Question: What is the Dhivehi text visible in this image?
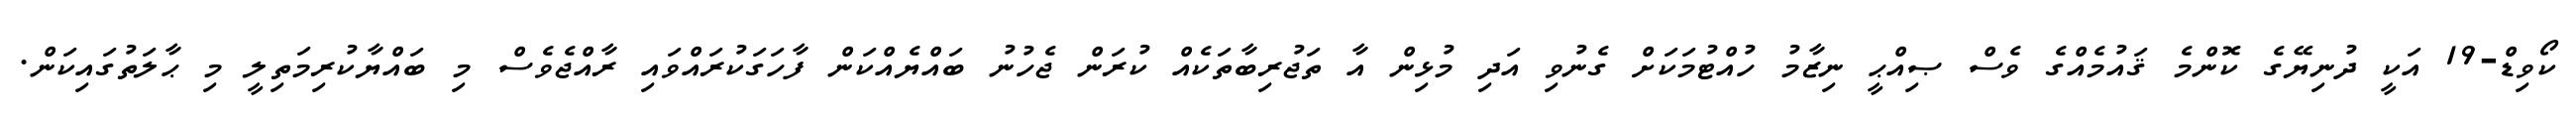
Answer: ކޯވިޑް-19 އަކީ ދުނިޔޭގެ ކޮންމެ ޤައުމެއްގެ ވެސް ޞިއްޙީ ނިޒާމު ހުއްޓުމަކަށް ގެނުވި އަދި މުޅިން އާ ތަޖުރިބާތަކެއް ކުރަން ޖެހުނު ބައްޔެއްކަން ފާހަގަކުރައްވައި ރާއްޖެވެސް މި ބައްޔާކުރިމަތިލީ މި ޙާލަތުގައިކަން.